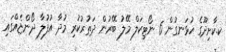
ކ.ކާށިދޫގެ ހުޅަނގުން 6 ނޯޓިކަލް މޭލު ބޭރުން ދަތުރުކުރި މުދާ އުފުލާ ދޯންޏެއްގައި